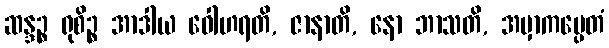
ဆန္ဒဉ္စ ရုစိဉ္စ အာဒါယ ဝေါဟရတိ, ဇာနာတိ, နော ဘာသတိ, အမှာကမ္ပေတံ